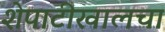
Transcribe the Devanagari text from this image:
शेपाटीखालचा